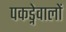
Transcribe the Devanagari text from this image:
पकड्नेवालों